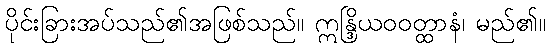
ပိုင်းခြားအပ်သည်၏အဖြစ်သည်။ ဣန္ဒြိယဝဝတ္ထာနံ၊ မည်၏။